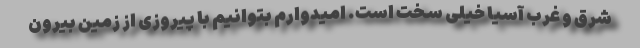
شرق و غرب آسیا خیلی سخت است. امیدوارم بتوانیم با پیروزی از زمین بیرون